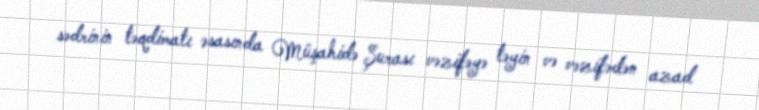
sədrinin təqdimatı əsasında Müşahidə Şurası vəzifəyə təyin və vəzifədən azad